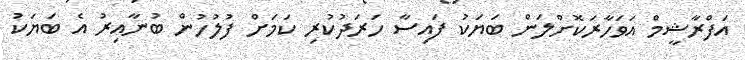
އަފްރާޝީމް އަވަހާރަކޮށްލަން ބަޔަކު ފައިސާ ހަރަދުކުރި ކަމަށް ފުލުހުން ބުނާއިރު އެ ބަޔަކު